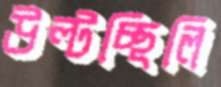
উল্‌টচ্ছিলি